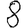
Digit: 8